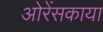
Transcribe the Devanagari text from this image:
ओरेंसकाया